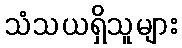
သံသယရှိသူများ